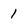
Character: 1